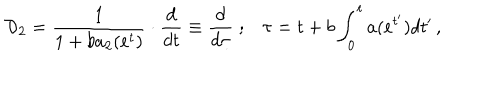
LaTeX: { \cal D } _ { 2 } = \frac { 1 } { 1 + b a _ { 2 } ( e ^ { t } ) } \cdot \frac { d } { d t } \equiv \frac { d } { d \tau } \; ; \tau = t + b \int _ { 0 } ^ { t } a ( e ^ { t ^ { \prime } } ) d t ^ { \prime } \, ,